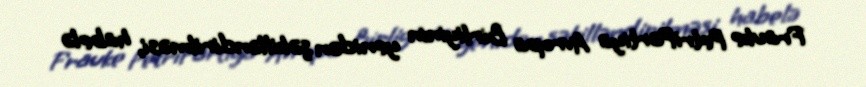
Frauke PetriPartiya Avropa Birliyinin yenidən şəkilləndirilməsi, habelə